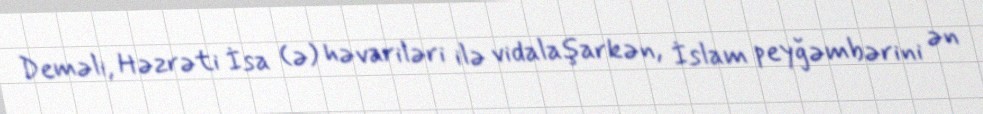
Deməli, Həzrəti İsa (ə) həvariləri ilə vidalaşarkən, İslam peyğəmbərini ən